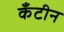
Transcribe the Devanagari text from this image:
कँटीन